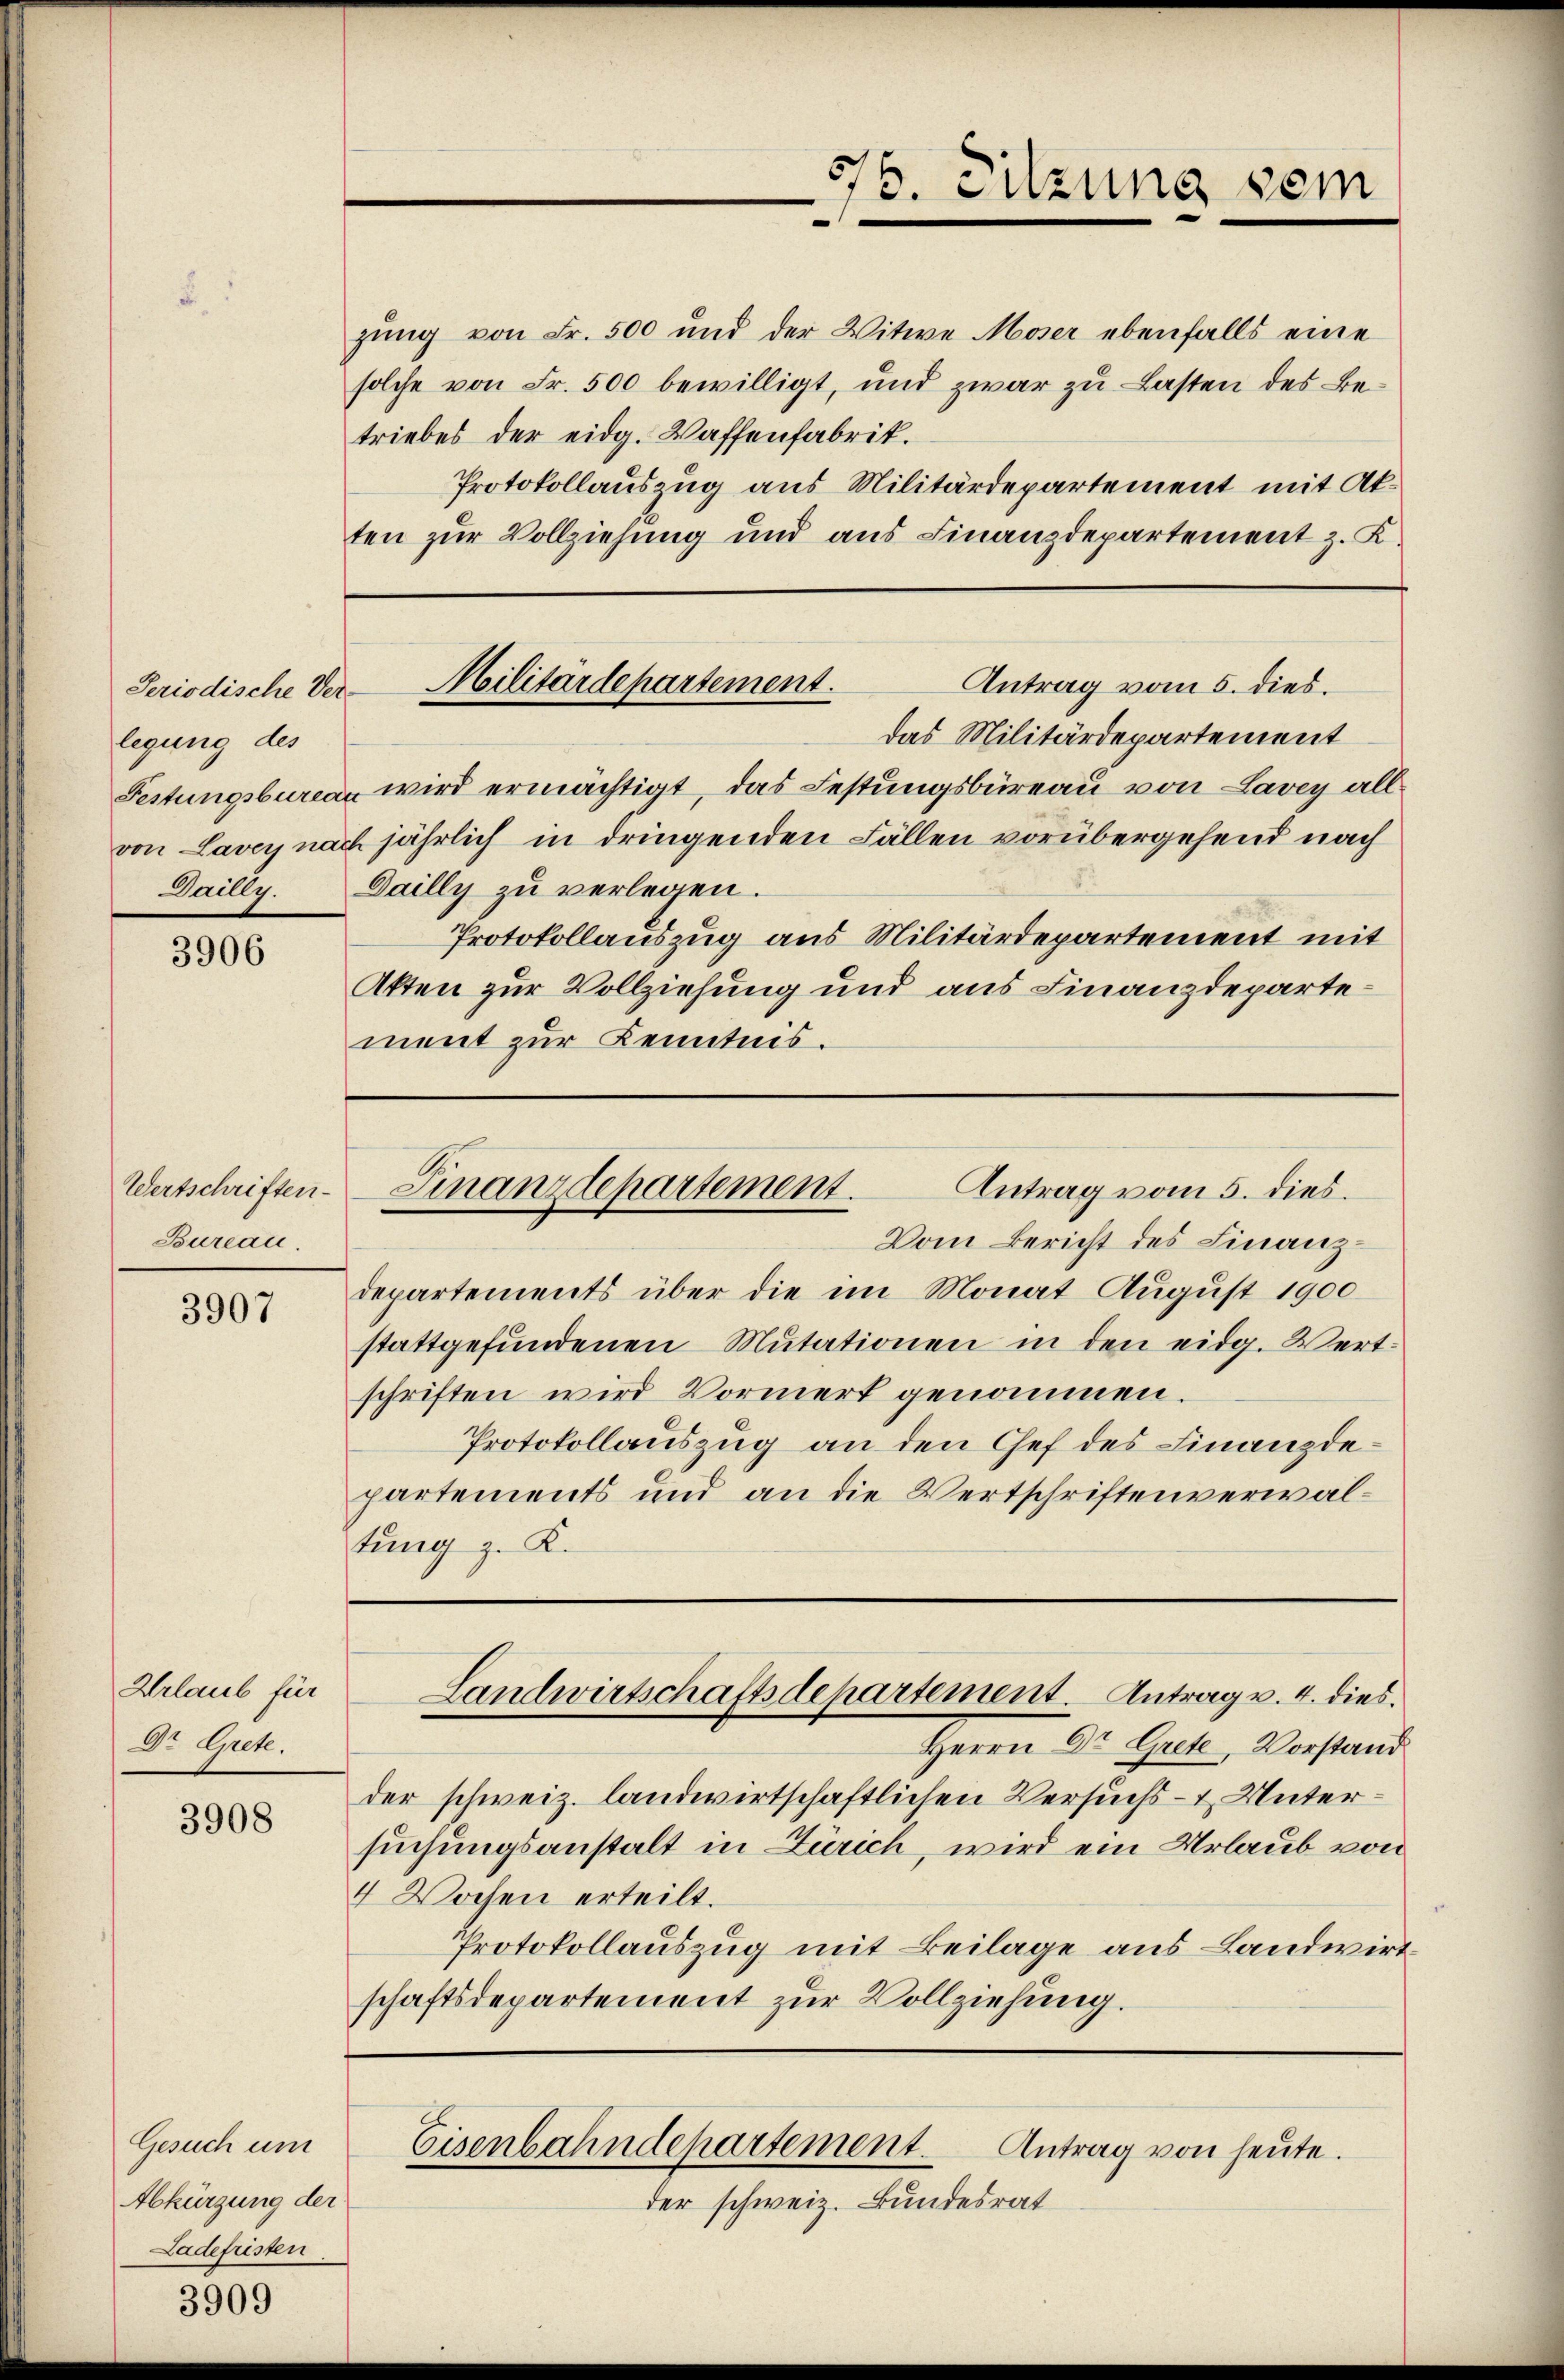
Periodische Ver-
legung des
Dailly.

3906

Wertschriften.
Bureau.

3907

Urlaub für
Dr Grete.

3908

Gesuch um
Abkürzung der
Ladefristen

3909

zung von Fr. 500 und der Witwe Moser ebenfalls eine
solche von Fr. 500 bewilligt, und zwar zŭ Lasten des Be-
triebes der eidg. Waffenfabrik.
Protokollauszug aus Militärdepartement mit Akten zur Vollziehung und aus Finanzdepartement z. K.

76. Sitzung sein

Militärdepartement.
Antrag vom 5. dies.

Antrag vom 5. dies.
Finanzdepartement.
Vom Bericht des Finanz¬

das Militärdepartement
Festungsbureau wird ermächtigt, das Festungsbüreau von Lavey allvon Lavey nach jährlich in dringenden Fällen vorübergehend nach
Dailly zu verlegen.
Protokollauszug aus Militärdepartement mit
Akten zur Vollziehung und aus Finanzdepartement zur Kenntnis.

departements über die im Monat August 1900
stattgefundenen Mutationen in den eidg. Wertschriften wird Vormerk genommen.
Protokollauszug an den Chef des Finanzdepartements und an die Wertschriftenverwaltung z. K.

der schweiz. Bundesrat

Herrn Dr. Guck, Vorstand
der schweiz. landwirtschaftlichen Versuchs- & Untersuchungsanstalt in Zürich, wird ein Urlaub von
4 Wochen erteilt.
Protokollauszug mit Beilage aus Landwirt
schaftsdepartement zur Vollziehung.

Landwirtschaftsdepartement. Antrag v. 4. dies

Eisenbahndepartement. Antrag von heute.